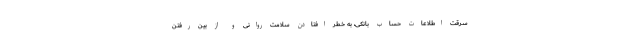
سرقت اطلاعات حساب بانکی، به خطر افتادن سلامت روانی و از بین رفتن